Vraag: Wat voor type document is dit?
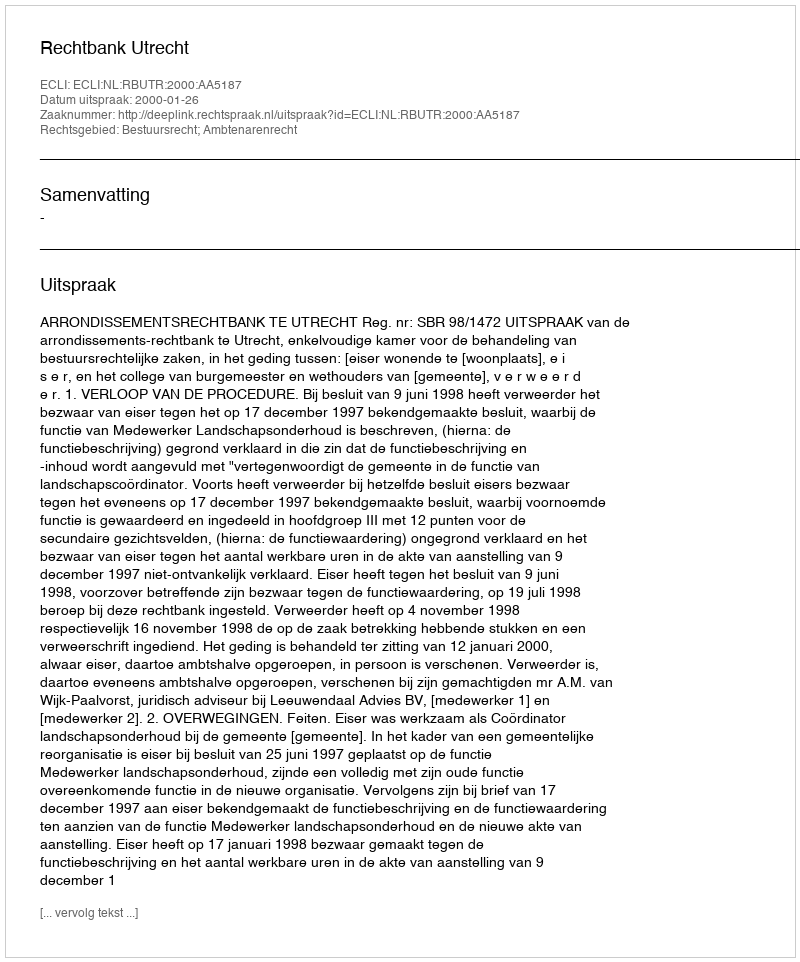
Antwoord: Uitspraak